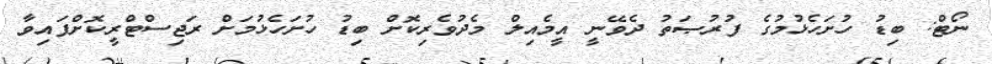
ނޯޓް: ބިޑު ހުށަހެޅުމުގެ ފުރުޞަތު ދެވޭނީ އީމެއިލް މެދުވެރިކޮށް ބިޑު ހުށަހެޅުމަށް ރަޖިސްޓްރީކޮށްފައިވާ